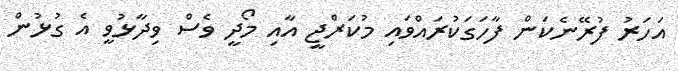
އަހަރު ފުރޭނެކަން ފާހަގަކުރައްވައި މުކަރްޖީ އާއި މޯދީ ވެސް ވިދާޅުވީ އެ ގުޅުން